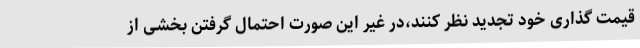
قیمت گذاری خود تجدید نظر کنند،در غیر این صورت احتمال گرفتن بخشی از